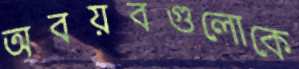
অবয়বগুলোকে